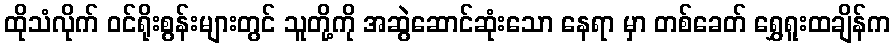
ထိုသံလိုက် ဝင်ရိုးစွန်းများတွင် သူတို့ကို အဆွဲဆောင်ဆုံးသော နေရာ မှာ တစ်ခေတ် ရွှေရူးထချိန်က